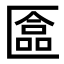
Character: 𫧗